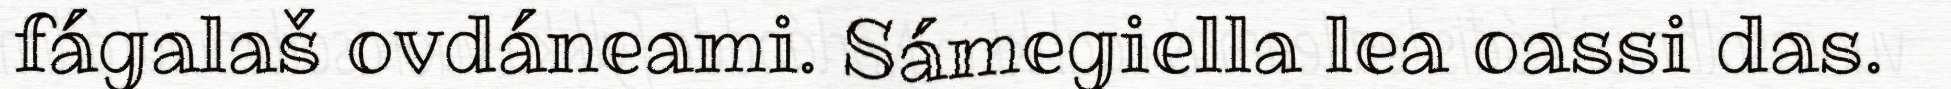
fágalaš ovdáneami. Sámegiella lea oassi das.